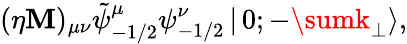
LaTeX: (\eta\mathbf{M})_{\mu\nu}\tilde{{\psi}}_{-1/2}^{\mu}\psi_{-1/2}^{\nu}\left|\, 0;-\sumk_{\perp}\right>,